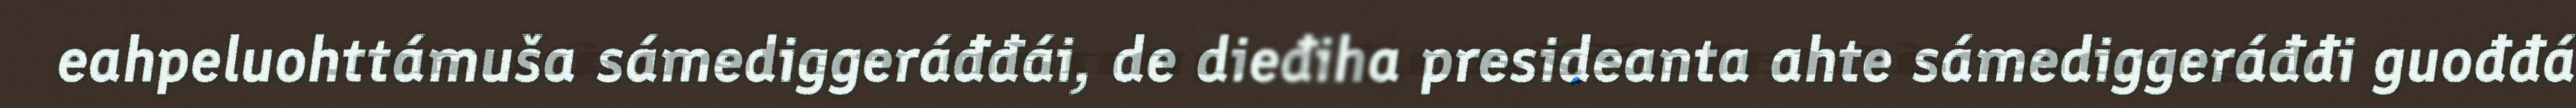
eahpeluohttámuša sámediggeráđđái, de dieđiha presideanta ahte sámediggeráđđi guođđá